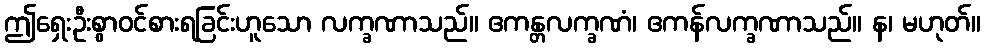
ဤရှေးဦးစွာဝင်စားရခြင်းဟူသော လက္ခဏာသည်။ ဧကန္တလက္ခဏံ၊ ဧကန်လက္ခဏာသည်။ န၊ မဟုတ်။